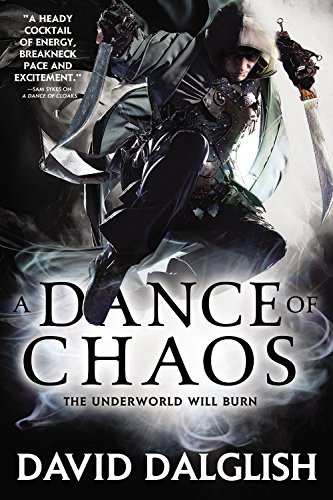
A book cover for A Dance of Chaos (Shadowdance); David Dalglish; Science Fiction & Fantasy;